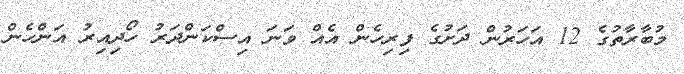
މުބާރާތުގެ 12 އަހަރުން ދަށުގެ ފިރިހެން އެއް ވަނަ އިސްކަންދަރު ހޯދިއިރު އަންހެން